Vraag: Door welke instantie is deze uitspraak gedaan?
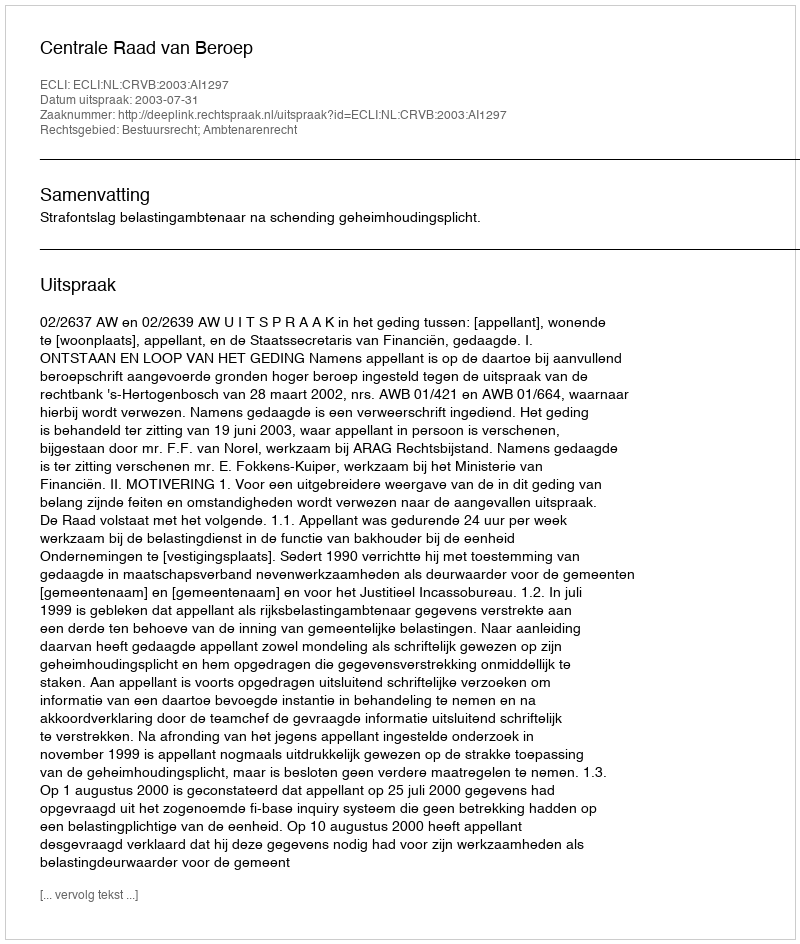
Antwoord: Centrale Raad van Beroep